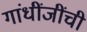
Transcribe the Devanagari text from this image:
गांधींजींची